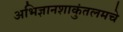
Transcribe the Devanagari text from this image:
अभिज्ञानशाकुंतलमचे